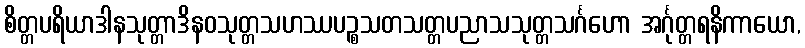
စိတ္တပရိယာဒါနသုတ္တာဒိနဝသုတ္တသဟဿပဉ္စသတသတ္တပညာသသုတ္တသင်္ဂဟော အင်္ဂုတ္တရနိကာယော,